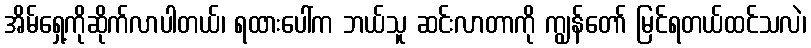
အိမ်ရှေ့ကိုဆိုက်လာပါတယ်၊ ရထားပေါ်က ဘယ်သူ ဆင်းလာတာကို ကျွန်တော် မြင်ရတယ်ထင်သလဲ၊